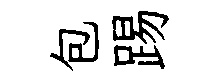
包踢